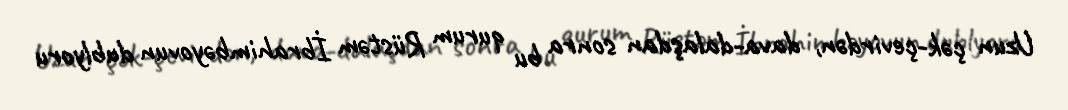
Uzun çək-çevirdən, dava-dalaşdan sonra bu qurum Rüstəm İbrahimbəyovun dublyoru